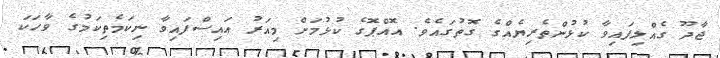
ޖާދޫ ގެއްލިފައިވާ ކުޅުންތެރިޔެއްގެ ގޮތުގައެވެ. އޮއްޕޮގެ ކުޅުމަށް މިއަރު އައިސްފައިވާ ނިކަމެތިކަމުގެ ވާހަކަ